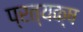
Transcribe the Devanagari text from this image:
प्रत्यक्ष